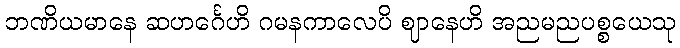
ဘဏိယမာနေ ဆဟင်္ဂေဟိ ဂမနကာလေပိ ဈာနေဟိ အညမညပစ္စယေသု